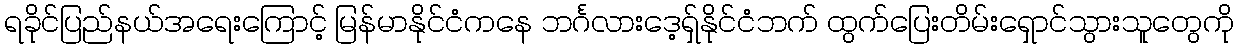
ရခိုင်ပြည်နယ်အရေးကြောင့် မြန်မာနိုင်ငံကနေ ဘင်္ဂလားဒေ့ရှ်နိုင်ငံဘက် ထွက်ပြေးတိမ်းရှောင်သွားသူတွေကို